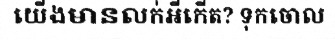
យើងមានលក់អីកើត? ទុកចោល